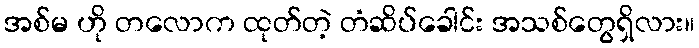
အစ်မ ဟို တလောက ထုတ်တဲ့ တံဆိပ်ခေါင်း အသစ်တွေရှိလား။